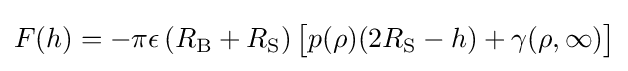
F(h)=-\pi \epsilon \left(R_{\text{B}}+R_{\text{S}}\right){\big [}p(\rho )(2R_{\text{S}}-h)+\gamma (\rho ,\infty ){\big ]}